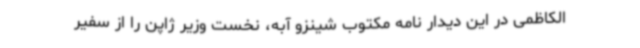
الکاظمی در این دیدار نامه مکتوب شینزو آبه، نخست وزیر ژاپن را از سفیر